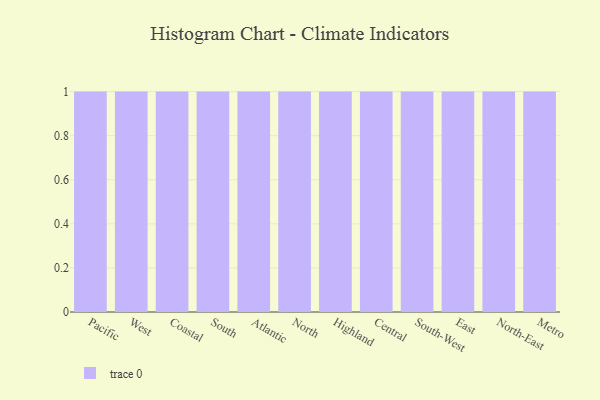
{"axis": {"x": "Region", "y": "Page Views"}, "legend": [""], "data": [{"x": "Pacific", "y": 99, "type": ""}, {"x": "West", "y": 25, "type": ""}, {"x": "Coastal", "y": 87, "type": ""}, {"x": "South", "y": 8, "type": ""}, {"x": "Atlantic", "y": 1, "type": ""}, {"x": "North", "y": 4, "type": ""}, {"x": "Highland", "y": 5, "type": ""}, {"x": "Central", "y": 95, "type": ""}, {"x": "South-West", "y": 54, "type": ""}, {"x": "East", "y": 68, "type": ""}, {"x": "North-East", "y": 52, "type": ""}, {"x": "Metro", "y": 70, "type": ""}]}